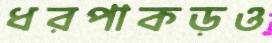
ধরপাকড়ও